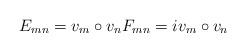
LaTeX: \begin{align*} E_{m n}=v_m\circ v_n F_{m n}=i v_m\circ v_n\end{align*}